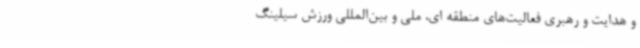
و هدایت و رهبری فعالیت‌های منطقه ای، ملی و بین‌المللی ورزش سیلینگ